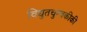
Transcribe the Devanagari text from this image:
विद्युतचुम्बकीकी